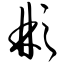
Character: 彬